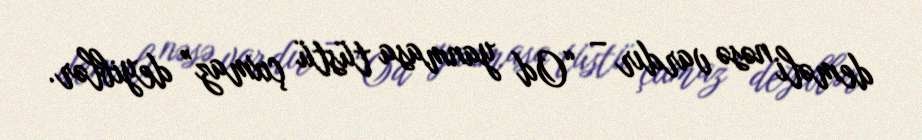
deməli nəsə vardır – “Od yanmasa tüstü çıxmaz” deyiblər.